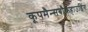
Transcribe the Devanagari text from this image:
कूपमैन्सबौकहाउडिंग